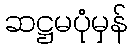
ဆဋ္ဌမပုံမှန်